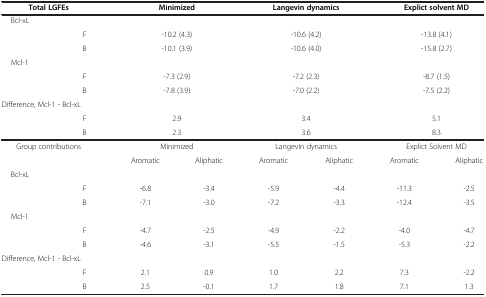
| <COLSPAN=2> Total LGFEs | <COLSPAN=2> Minimized | <COLSPAN=2> Langevin dynamics | <COLSPAN=2> Explict solvent MD |
 | --- | --- | --- | --- | --- | --- | --- | --- |
 | Bcl-xL |  | <COLSPAN=2>  | <COLSPAN=2>  | <COLSPAN=2>  |
 |  | F | <COLSPAN=2> -10.2 (4.3) | <COLSPAN=2> -10.6 (4.2) | <COLSPAN=2> -13.8 (4.1) |
 |  | B | <COLSPAN=2> -10.1 (3.9) | <COLSPAN=2> -10.6 (4.0) | <COLSPAN=2> -15.8 (2.7) |
 | Mcl-1 |  | <COLSPAN=2>  | <COLSPAN=2>  |  |  |
 |  | F | <COLSPAN=2> -7.3 (2.9) | <COLSPAN=2> -7.2 (2.3) | <COLSPAN=2> -8.7 (1.5) |
 |  | B | <COLSPAN=2> -7.8 (3.9) | <COLSPAN=2> -7.0 (2.2) | <COLSPAN=2> -7.5 (2.2) |
 | <COLSPAN=8> Difference, Mcl-1 - Bcl-xL |
 |  | F | <COLSPAN=2> 2.9 | <COLSPAN=2> 3.4 | <COLSPAN=2> 5.1 |
 |  | B | <COLSPAN=2> 2.3 | <COLSPAN=2> 3.6 | <COLSPAN=2> 8.3 |
 | <COLSPAN=2> Group contributions | <COLSPAN=2> Minimized | <COLSPAN=2> Langevin dynamics | <COLSPAN=2> Explict Solvent MD |
 |  |  | Aromatic | Aliphatic | Aromatic | Aliphatic | Aromatic | Aliphatic |
 | Bcl-xL |  |  |  |  |  |  |  |
 |  | F | -6.8 | -3.4 | -5.9 | -4.4 | -11.3 | -2.5 |
 |  | B | -7.1 | -3.0 | -7.2 | -3.3 | -12.4 | -3.5 |
 | Mcl-1 |  |  |  |  |  |  |  |
 |  | F | -4.7 | -2.5 | -4.9 | -2.2 | -4.0 | -4.7 |
 |  | B | -4.6 | -3.1 | -5.5 | -1.5 | -5.3 | -2.2 |
 | <COLSPAN=8> Difference, Mcl-1 - Bcl-xL |
 |  | F | 2.1 | 0.9 | 1.0 | 2.2 | 7.3 | -2.2 |
 |  | B | 2.5 | -0.1 | 1.7 | 1.8 | 7.1 | 1.3 |